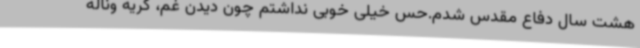
هشت سال دفاع مقدس شدم.حس خیلی خوبی نداشتم چون دیدن غم، گریه وناله